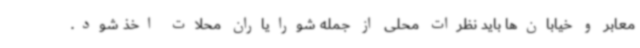
معابر و خیابان‌ها باید نظرات محلی از جمله شورایاران محلات اخذ شود.